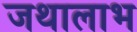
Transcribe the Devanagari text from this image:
जथालाभ